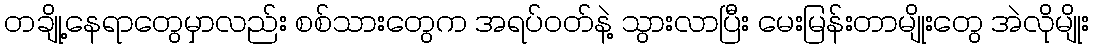
တချို့နေရာတွေမှာလည်း စစ်သားတွေက အရပ်ဝတ်နဲ့ သွားလာပြီး မေးမြန်းတာမျိုးတွေ အဲလိုမျိုး